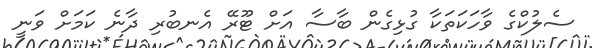
ސެލުކްގެ ވާހަކަތަކާ ގުޅިގެން ބާސާ އަށް ޓޫރޭ އެނބުރި ދާނެ ކަމަށް ވަނީ